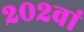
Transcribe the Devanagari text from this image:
२०२वां